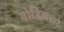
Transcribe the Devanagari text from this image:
बोडिगब्बो